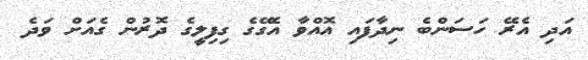
އަދި އެރޭ ހަސަންބެ ނިދާފައި އޮއްވާ އެގޭގެ ގިފިލީގެ ދޮރުން ގެއަށް ވަދެ